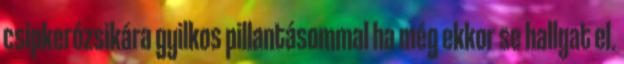
csipkerózsikára gyilkos pillantásommal ha még ekkor se hallgat el.